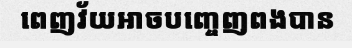
ពេញវ័យអាចបញ្ចេញពងបាន